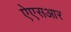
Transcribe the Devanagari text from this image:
ऐएसआर